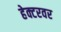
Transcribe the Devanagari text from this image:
हेक्टरवर